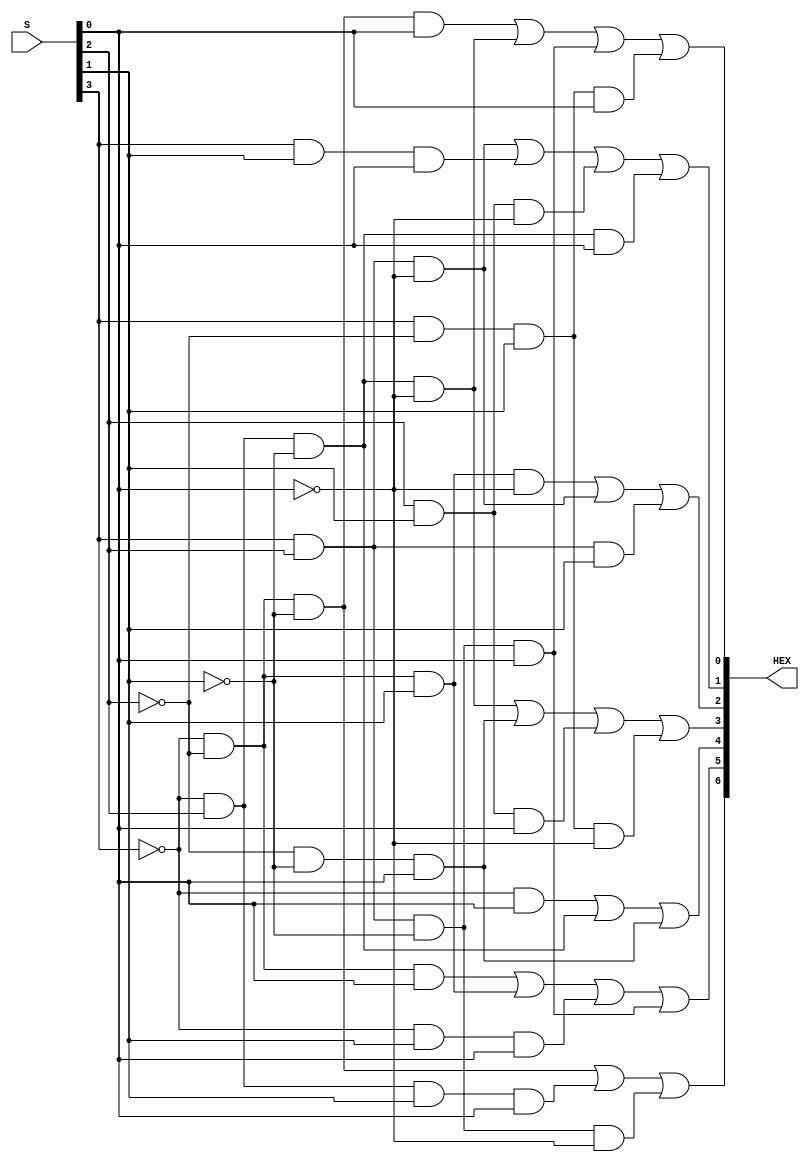
//HEX Display Decoder
//Note already encapsulated (DE1-SOC)
module hexdecoder(S, HEX);
	input [3:0]S;
	output [6:0]HEX;

	assign HEX[0] = ~S[3] & ~S[2] & ~S[1] & S[0] | ~S[3] & S[2] & ~S[1] & ~S[0] | S[3] & S[2] & ~S[1] & S[0] | S[3] & ~S[2] & S[1] & S[0];
	assign HEX[1] = S[3] & S[2] & ~S[0] | S[3] & S[1] & S[0] | S[2] & S[1] & ~S[0] | ~S[3] & S[2] & ~S[1] & S[0];
	assign HEX[2] = ~S[3] & ~S[2] & S[1] & ~S[0] | S[3] & S[2] & ~S[0] | S[3] & S[2] & S[1];
	assign HEX[3] = ~S[3] & S[2] & ~S[1] & ~S[0] | ~S[2] & ~S[1] & S[0] | S[2] & S[1] & S[0] | S[3] & ~S[2] & S[1] & ~S[0];
	assign HEX[4] = ~S[3] & S[0] | ~S[3] & S[2] & ~S[1] | ~S[2] & ~S[1] & S[0];
	assign HEX[5] = ~S[3] & ~S[2] & S[0] | ~S[3] & ~S[2] & S[1] | ~S[3] & S[1] & S[0] | S[3] & S[2] & ~S[1] & S[0];
	assign HEX[6] = ~S[3] & ~S[2] & ~S[1] | ~S[3] & S[2] & S[1] & S[0] | S[3] & S[2] & ~S[1] & ~S[0];
endmodule